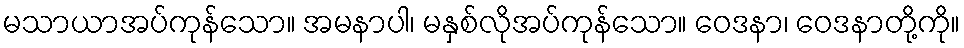
မသာယာအပ်ကုန်သော။ အမနာပါ၊ မနှစ်လိုအပ်ကုန်သော။ ဝေဒနာ၊ ဝေဒနာတို့ကို။